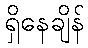
ရှိနေချိန်